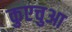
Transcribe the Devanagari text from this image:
कुएचुआ